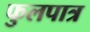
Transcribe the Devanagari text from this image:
फुलपात्र